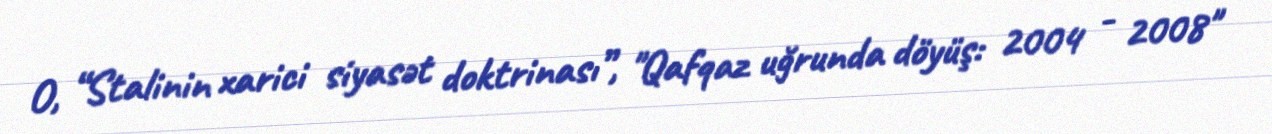
O, “Stalinin xarici siyasət doktrinası”, "Qafqaz uğrunda döyüş: 2004 - 2008"